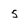
Character: 5